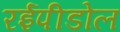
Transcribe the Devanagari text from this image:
रईपीडोल